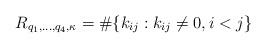
\begin{align*}R_{q_1,\ldots,q_4,\kappa}=\#\{k_{ij}: k_{ij}\neq 0, i<j \}\end{align*}